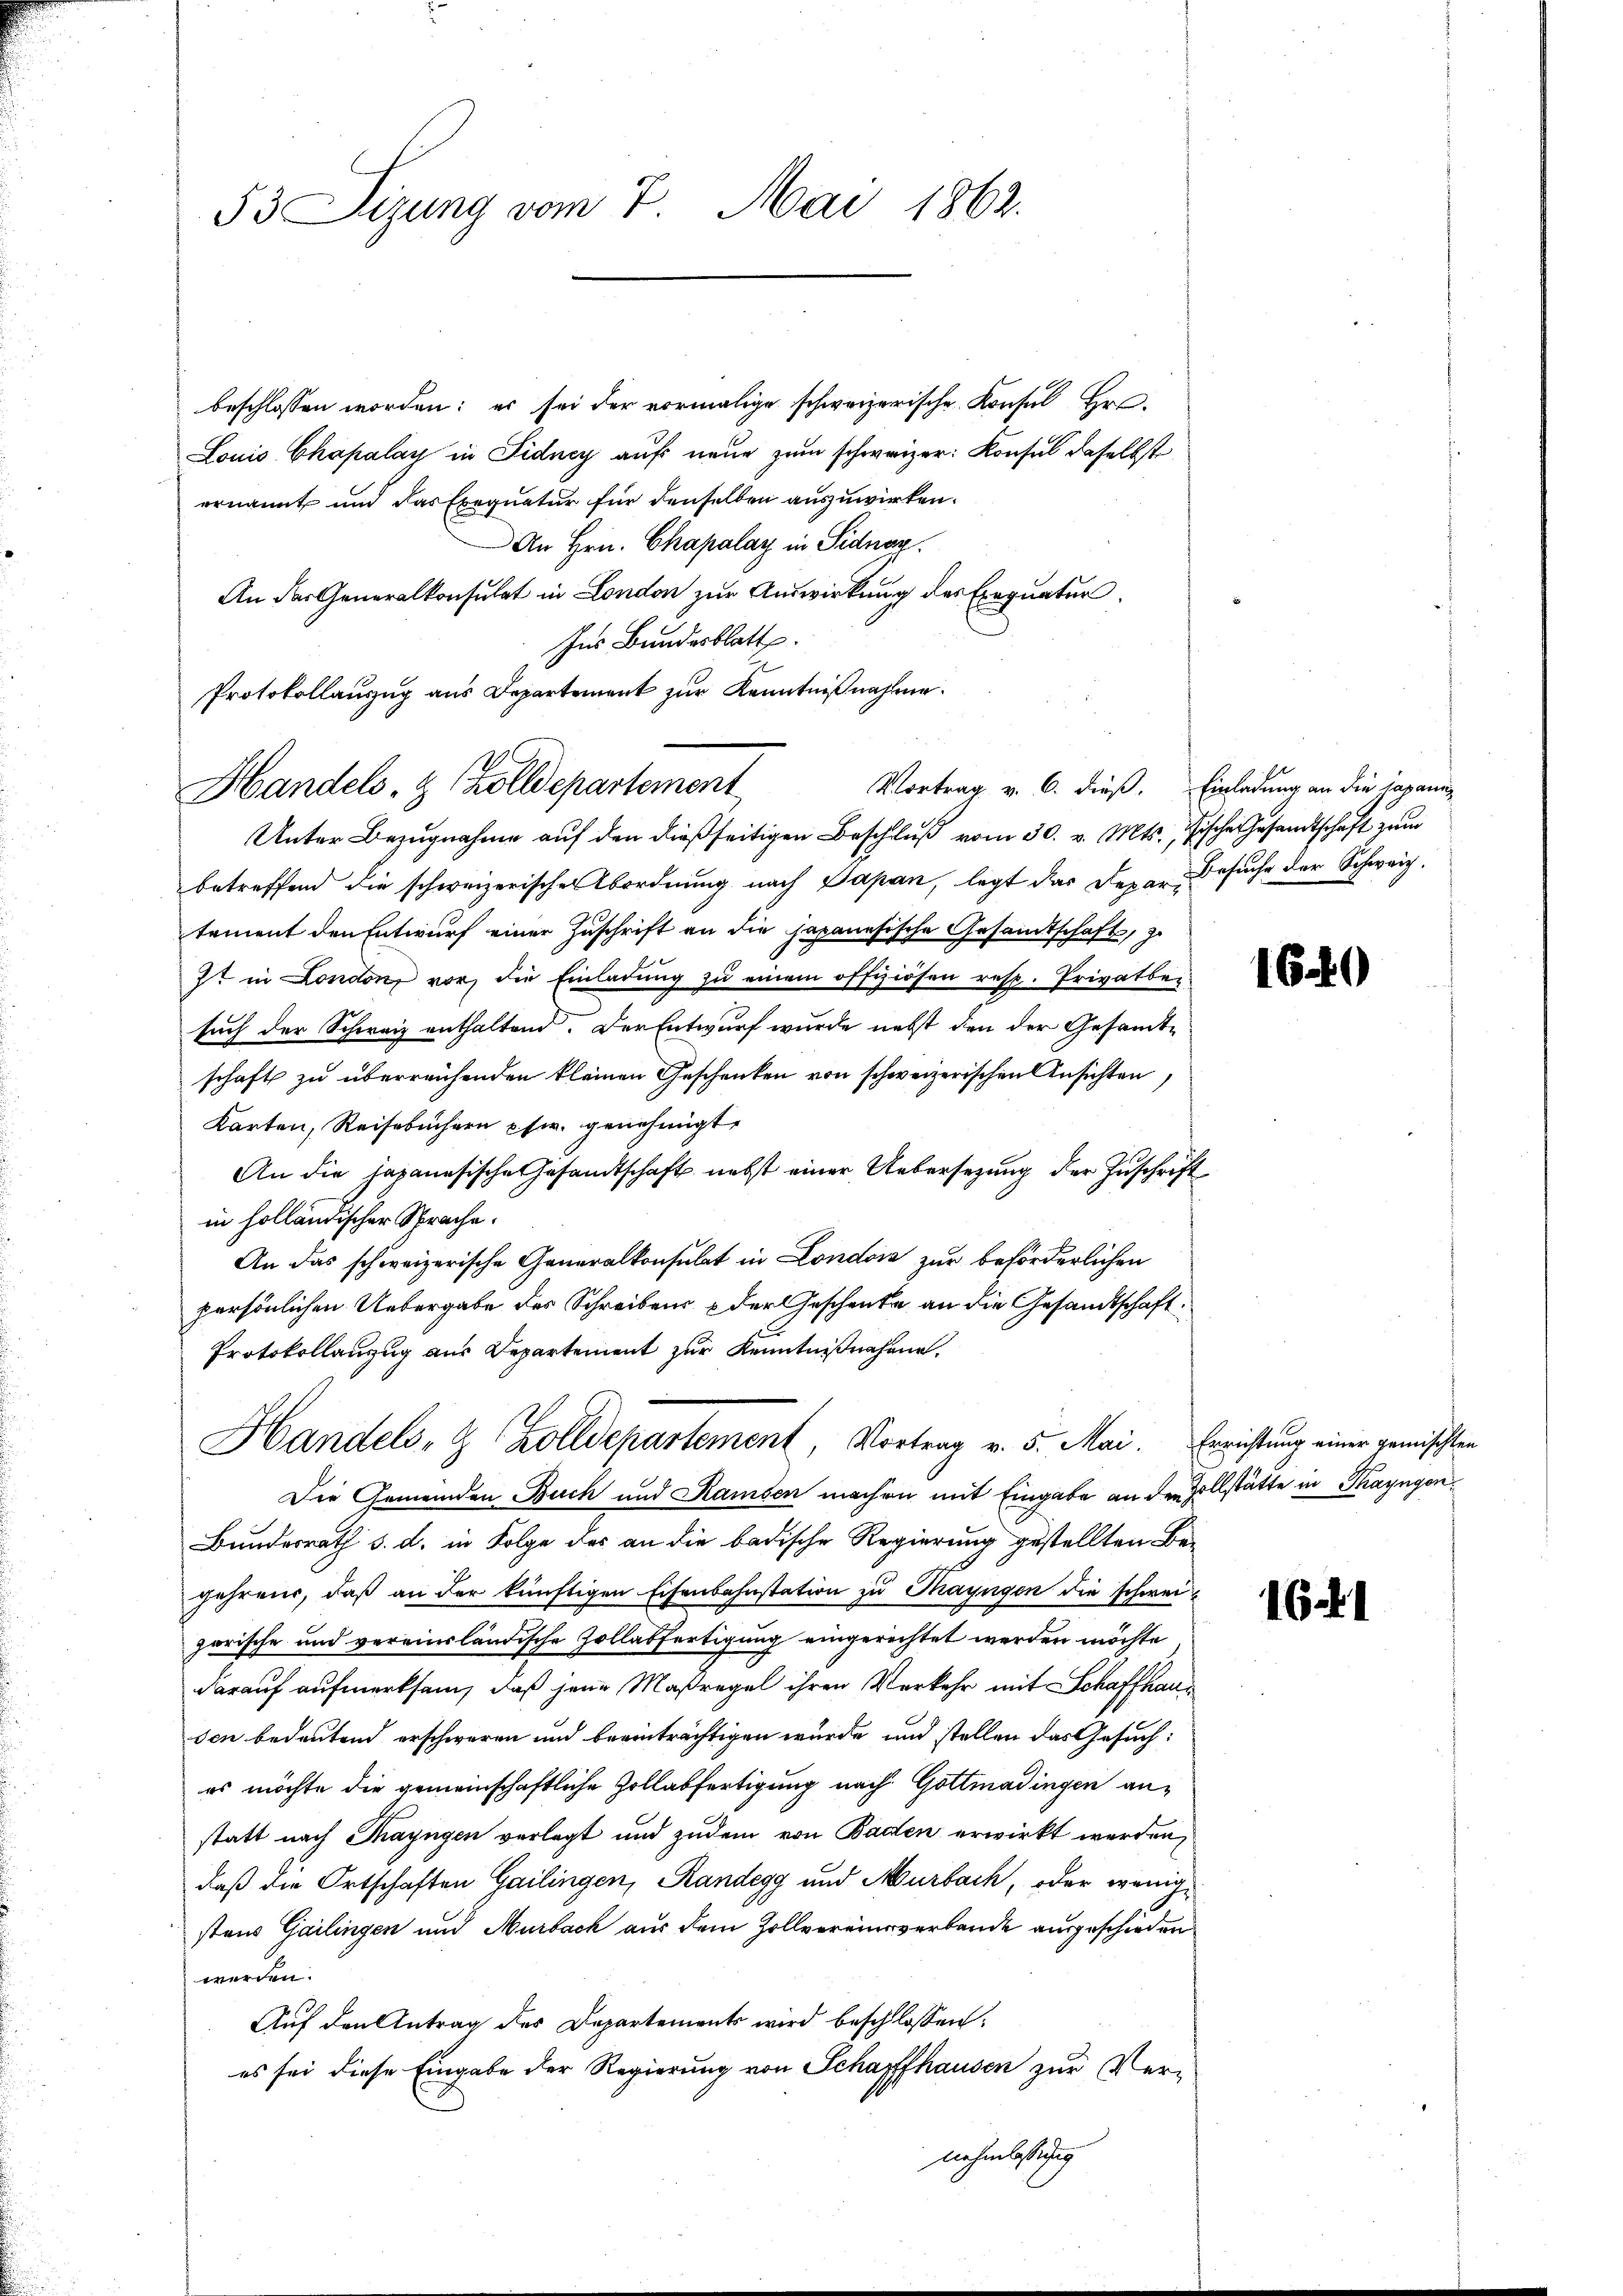
53 Sizung vom 7. Mai 1862.

beschlossen worden; es sei der vormalige schweizerische Konsul Hr.
Louis Chapalay in Fidney aufs neue zum schweizer: Konsul daselbst
ernannt und das Exequatur für denselben auszuwirken.
An Hrn. Chapalay in Sidnar.
An der Generalkonsulat in London zur Auswirkung des Exequaten.
Ins Bundesblatt.
Protokollauszug aus Departement zur Kenntnißnahme.
Unter Bezugnahme auf den dießseitigen Beschluß vom 30. v. Mts., Fische Gesandtschaft zum
betreffend die schweizerischer Abordnung nach Papan, legt das Depar-Besuche der Schweiz.
tement den Entwurf einer Zuschrift an die Japanesische Gesamtschaft, z.
It in London, vor, die Einladung zu einem offiziösen resp. Privatbe-
such der Schweiz enthaltend. Der Entwurf wurde nebst den der Gesamtschaft zu überreichenden kleinen Geschenken von schweizerischen Ansichten,
Karten, Reisebüchern pfw. genehmigt.
An die japanesische Gesandtschaft nebst einer Uebersezung der Zuschrift
in holländischer Sprache.
An das schweizerische Generalkonsulat in Londoić zur beförderlichen
persönlichen Uebergabe des Schreibens der Geschenke an die Gesandtschaft.
Protokollanzug aus Departement zur Kenntnißnahme.
Handels- & Zolldepartement, Vortrag v. 5. Mai. Errichtung einer gemischten
Die Gemeinden Buch und Ramsen machen mit Eingabe an den Zollstätte in Thayngen¬
Bundesrath d. d. in Folge des an die badische Regierung gestellten Begehrens, daß an der künftigen Eisenbahnstation zu Mayngen die schweigarische und vereinsländische Zollabfertigung eingerichtet werden möchte
darauf aufmerksam, daß jene Maßregel ihren Verkehr mit Schaffhausen bedeutend erschweren und beeinträchtigen würde, und stellen das Gesuch:
es möchte die gemeinschaftliche Zollabfertigung nach Gottmadingen anstatt nach Mayngen verlegt und zudem von Baden erwirkt werden,
daß die Ortschaften Gailingen, Randegg und Murbach, oder wenigstens Gailingen und Murbach aus dem Zollvereine verbande ausgeschieden
werden.
Auf den Antrag des Departements wird beschlossen:
es sei diese Eingabe der Regierung von Schaffhausen zur Ver-
nehmlassung

Handels- & Zolldepartement

Vortrag v. 6. dieß. Einladung an die japanis

169

1641